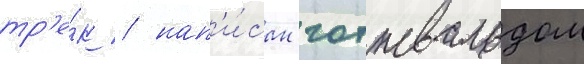
тр'е́к / нап'и́сан готтвальдом